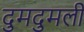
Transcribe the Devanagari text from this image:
दुमदुमली